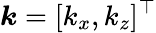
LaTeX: \boldsymbol{k}=[k_{x},k_{z}]^{\top}